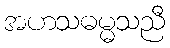
အဟသဓမ္မသညီ